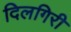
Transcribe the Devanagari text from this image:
दिलगिरी